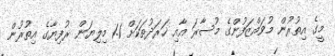
މީގެ އިތުރުން މުވައްޒަފުންގެ މުސާރަ އާއި ޚަރަދުތަކަށް 1.1 މިލިޔަން ރުފިޔާގެ އިތުރުން